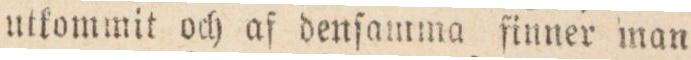
utkommit och af denſamma finner man